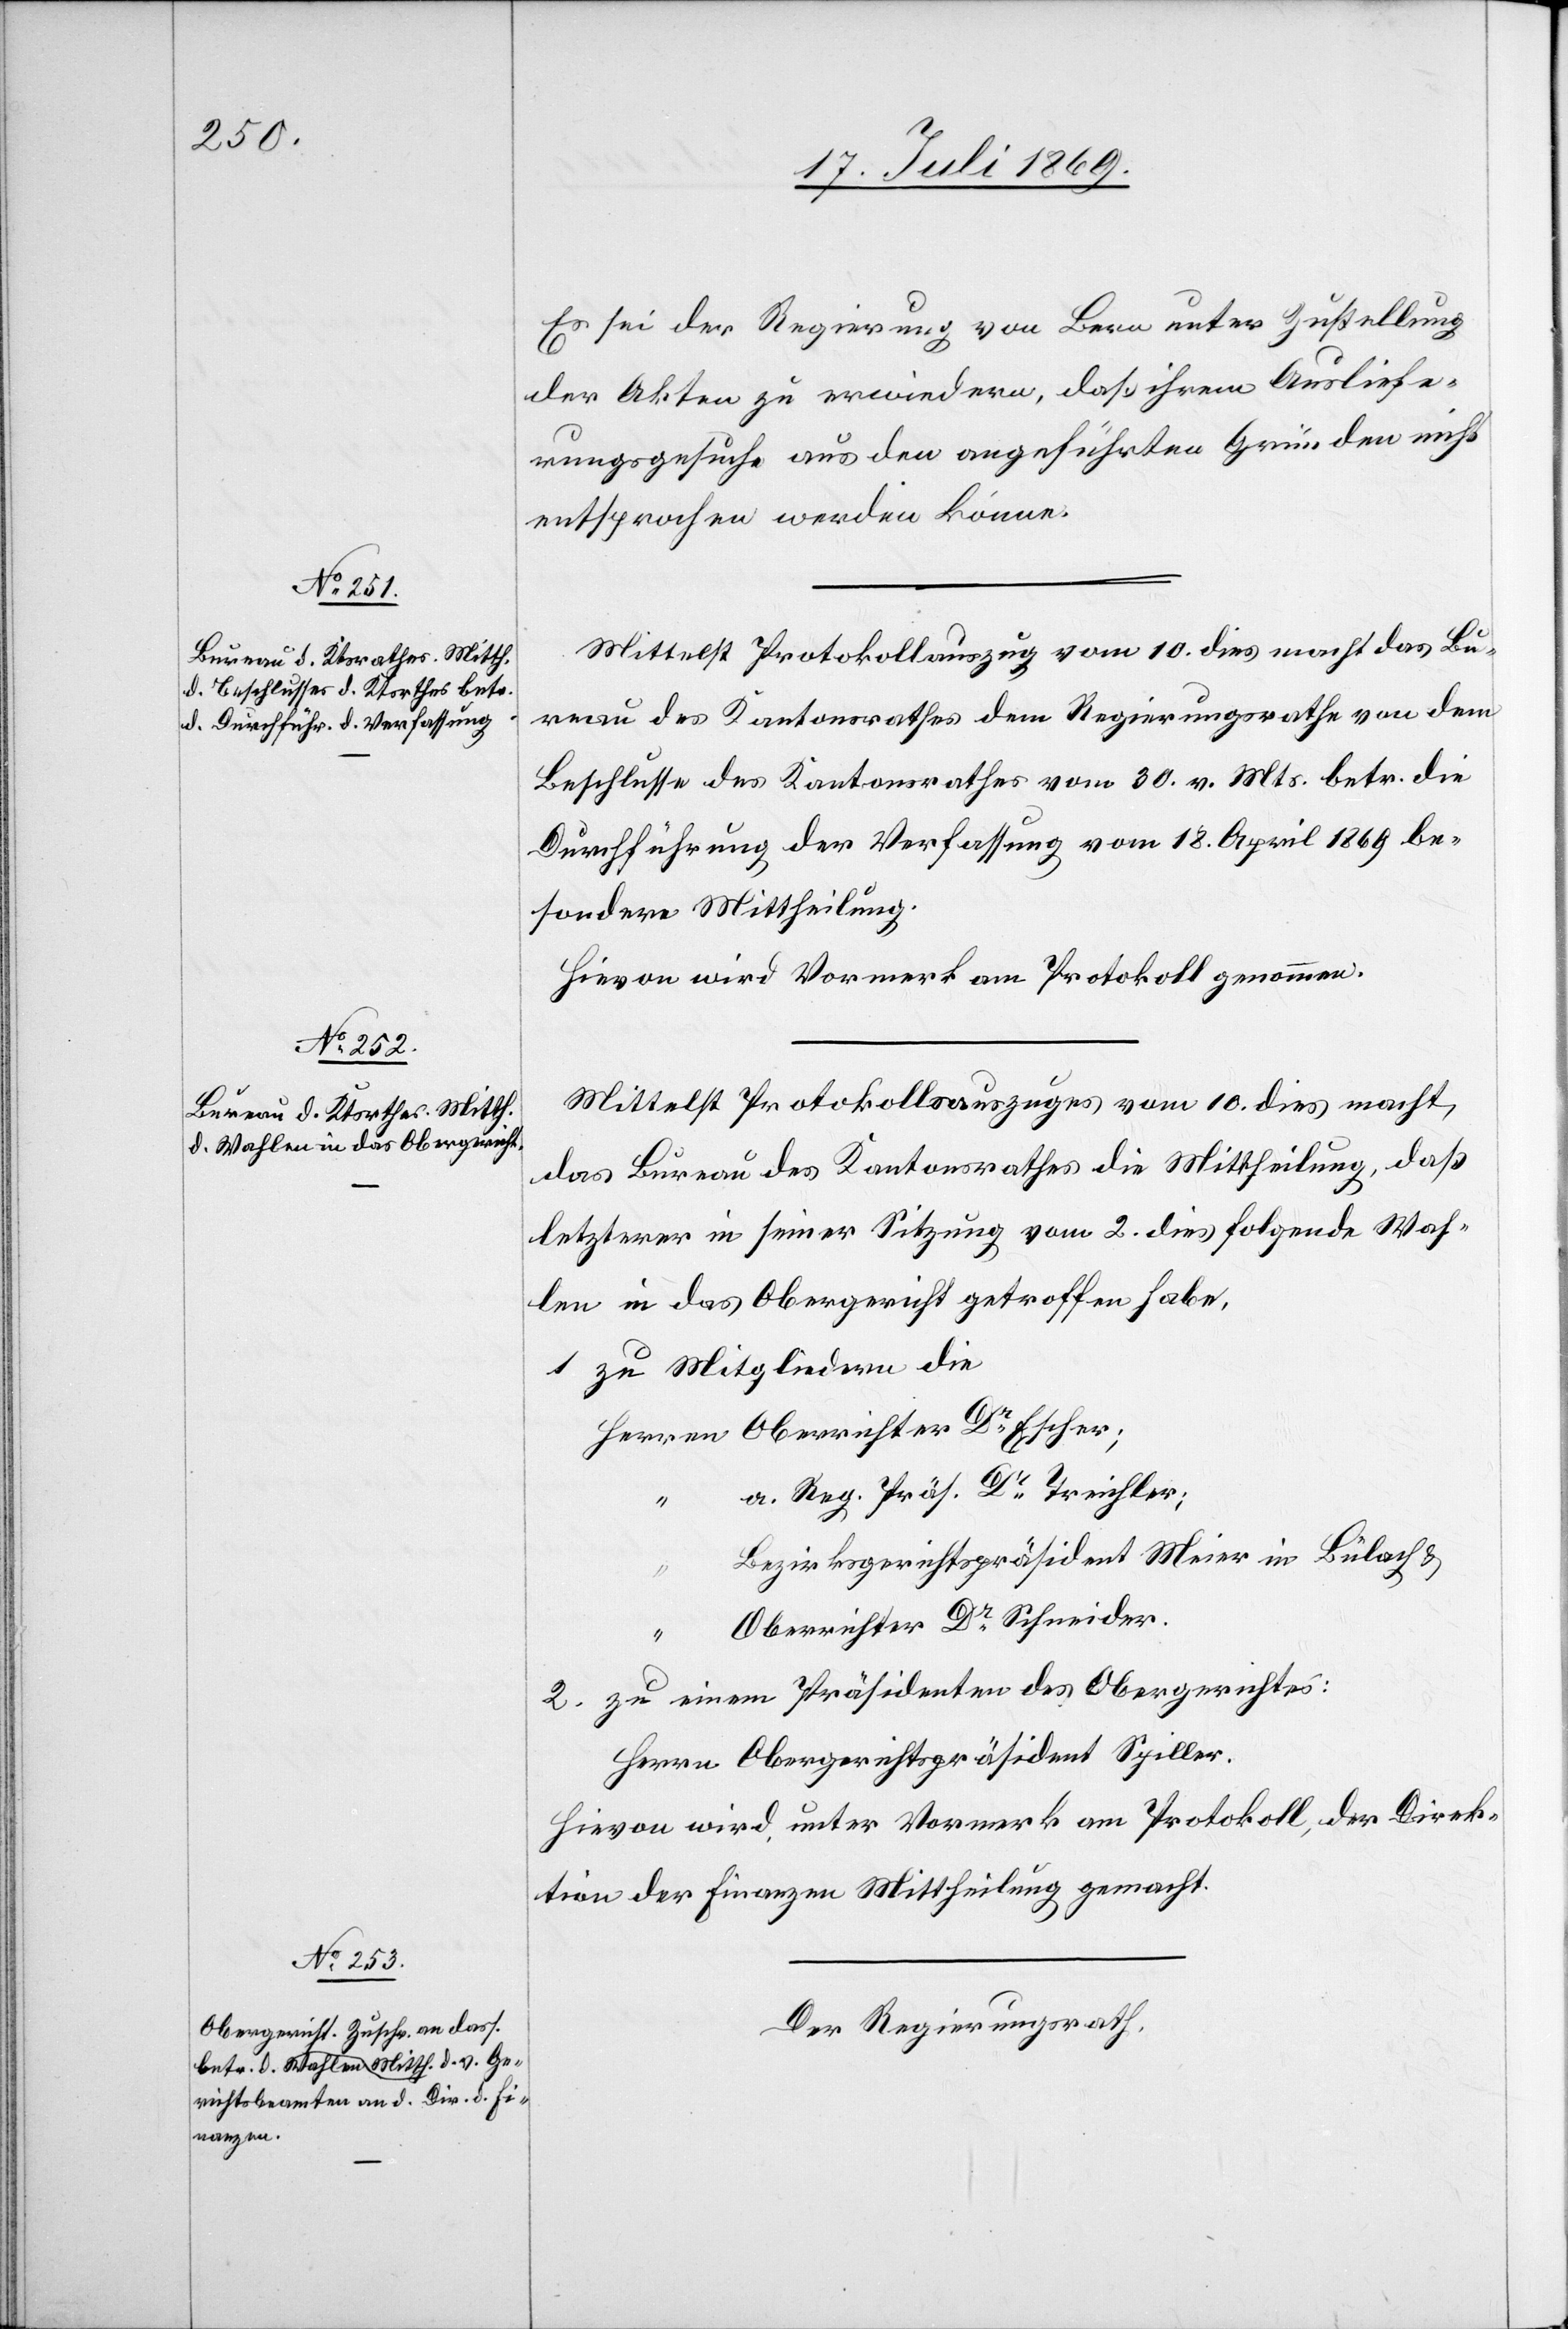
Es sei der Regierung von Bern unter Zustellung
der Akten zu erwiedern, daß ihrem Ausliefe¬
rungsgesuche aus den angeführten Gründen nicht
entsprochen werden könne.
Mittelst Protokollsauszug vom 10 dies macht das Bu¬
reau des Kantonsrathes dem Regierungsrathe von dem
Beschlusse des Kantonsrathes vom 30 v. Mts. betr. die
Durchführung der Verfassung vom 18 April 1869 be¬
sondere Mittheilung.
Hievon wird Vormerk am Protokoll genommen.
Mittelst Protokollsauszuges vom 10 dies macht
das Bureau des Kantonsrathes die Mittheilung, daß
letzterer in seiner Sitzung vom 2 dies folgende Wah¬
len in das Obergericht getroffen habe.
1 zu Mitgliedern die
Herrn	Oberrichter Dr Escher;
Reg. Präs. Dr Treichler;
“		B¬
ezirksgerichtspräsident Meier in Bülach u.
“		Oberrichter Dr Schneider.
2. zu einem Präsidenten des Obergerichtes:
Herrn Obergerichtspräsident Spiller.
Hievon wird, unter Vormerk am Protokoll, der Direk¬
tion der Finanzen Mittheilung gemacht.
Der Regierungsrath,